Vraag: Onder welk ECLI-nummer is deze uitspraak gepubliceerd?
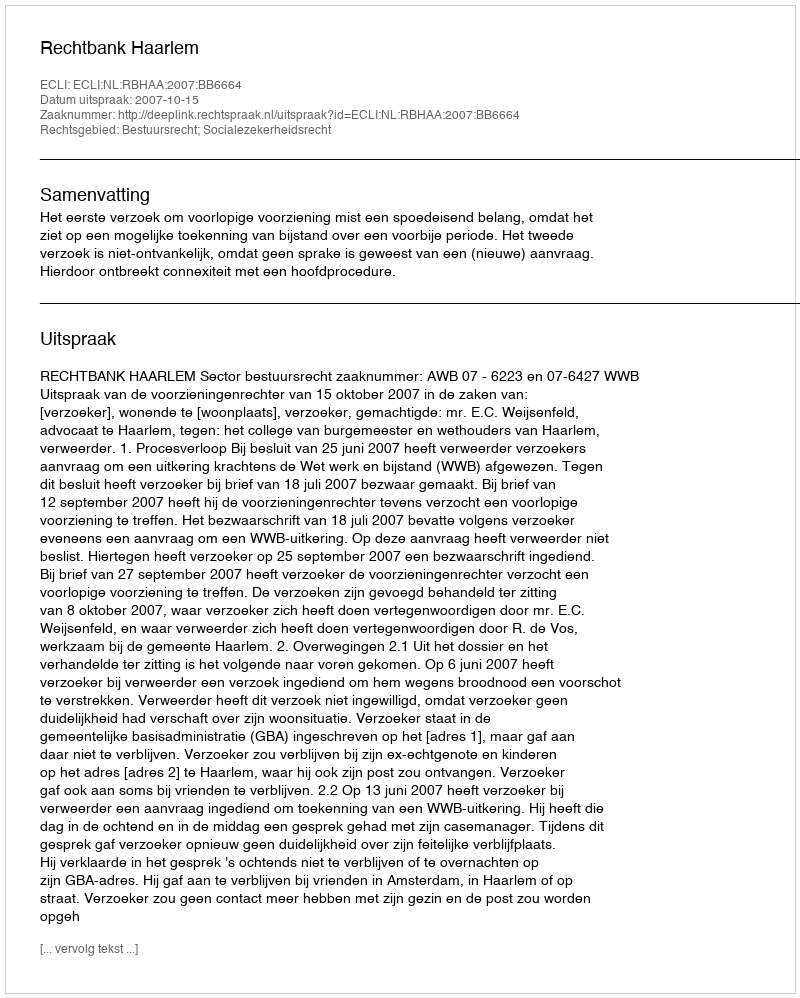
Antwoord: ECLI:NL:RBHAA:2007:BB6664